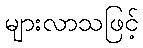
များလာသဖြင့်